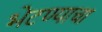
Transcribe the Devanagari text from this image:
भेटण्याचा